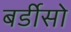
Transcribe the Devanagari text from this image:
बर्डीसो